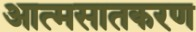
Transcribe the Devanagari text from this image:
आत्मसातकरण